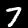
Label: 7